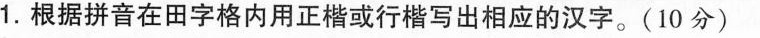
1.根据拼音在田字格内用正楷或行楷写出相应的汉字。(10分)